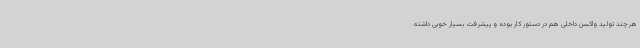
هرچند تولید واکسن داخلی هم در دستور کار بوده و پیشرفت بسیار خوبی داشته